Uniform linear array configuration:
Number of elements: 24
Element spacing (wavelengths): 0.5
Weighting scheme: cosine
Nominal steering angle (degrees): -30
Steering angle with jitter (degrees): -29.332
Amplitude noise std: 0.05
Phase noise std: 0.05

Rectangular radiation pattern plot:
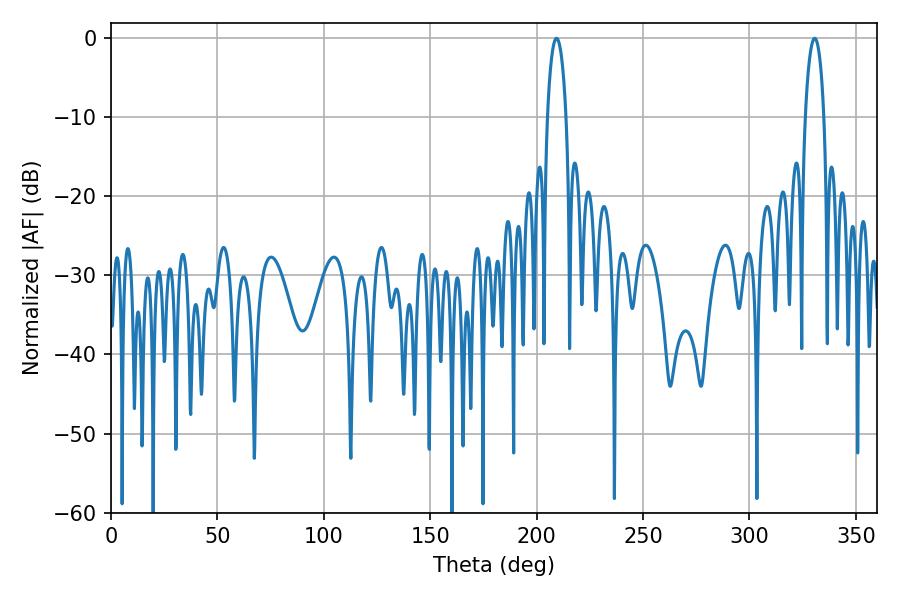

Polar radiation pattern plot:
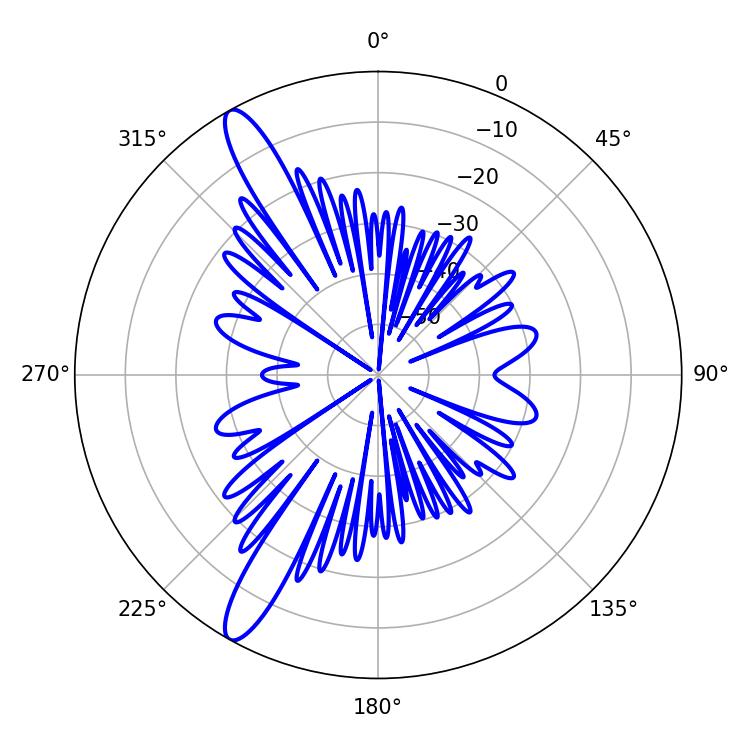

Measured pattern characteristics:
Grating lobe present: FALSE
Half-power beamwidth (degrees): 5.04
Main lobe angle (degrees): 209.34